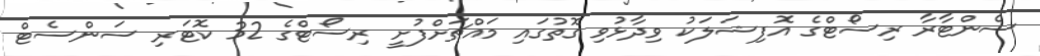
ސެންޓާރާ ރިސޯޓްގެ އޮފިޝަލަކު ވިދާޅުވި ގޮތުގައި މައްޗަށްފުށީ ރިސޯޓްގެ 32 ކޮޓަރި ސަންސެޓް